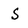
Character: s